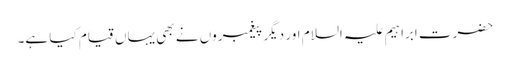
حضرت ابراہیم علیہ السلام اور دیگر پیغمبروں نے بھی یہاں قیام کیا ہے۔